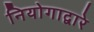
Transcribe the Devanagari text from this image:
नियोगाद्वारे